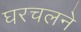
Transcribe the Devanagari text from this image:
घरचलने